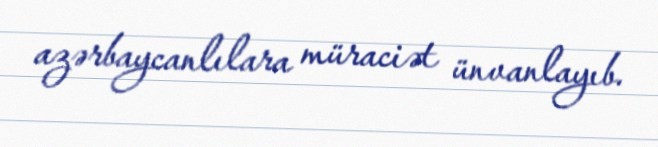
azərbaycanlılara müraciət ünvanlayıb.